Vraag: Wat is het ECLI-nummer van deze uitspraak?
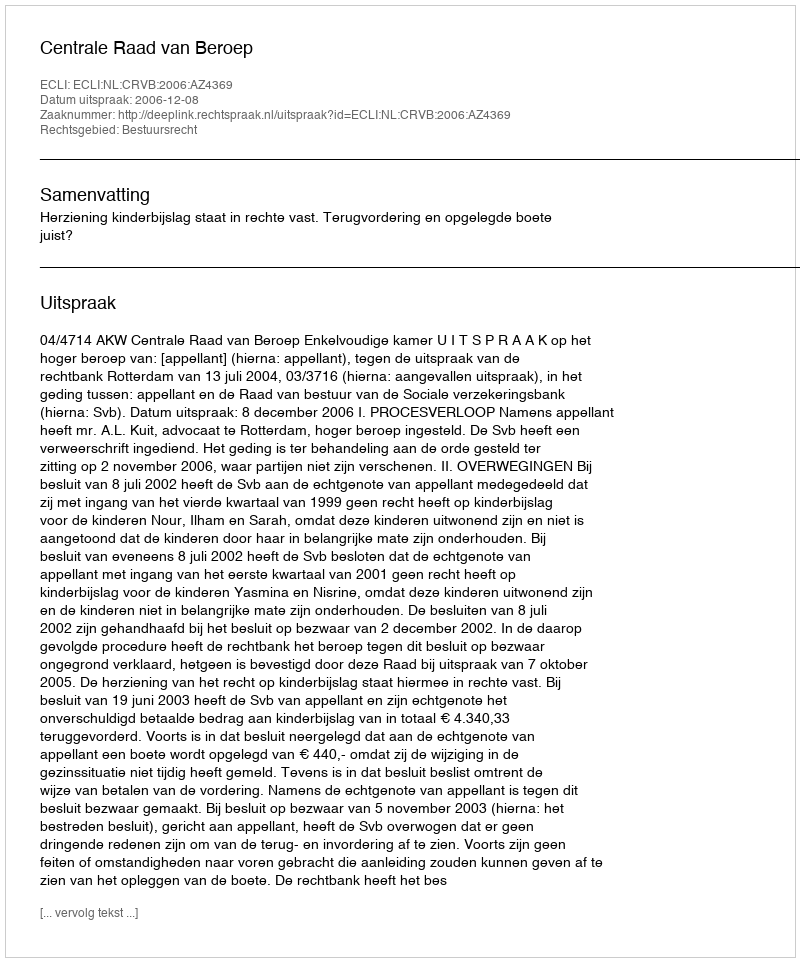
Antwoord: ECLI:NL:CRVB:2006:AZ4369